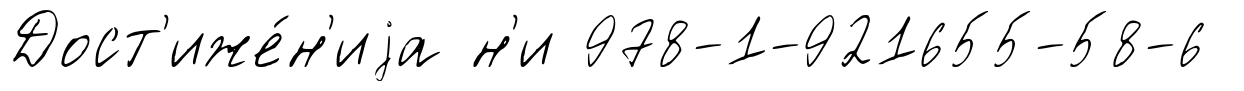
Дост'иже́н'иjа н'и 978-1-921655-58-6